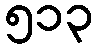
၅၁၃